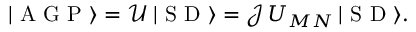
| \mathrm { ~ A ~ G ~ P ~ } \rangle = \mathcal { U } \: | \mathrm { ~ S ~ D ~ } \rangle = \mathcal { J } \: U _ { M N } \: | \mathrm { ~ S ~ D ~ } \rangle .